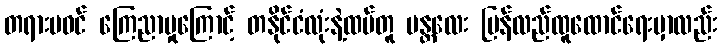
တရားမဝင် ကြေညာမှုကြောင့် တနိုင်ငံလုံးနဲ့ထပ်တူ မန္တလေး ပြန်လည်ထူထောင်ရေးမှာလည်း